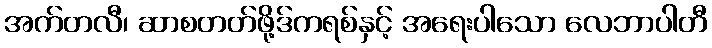
အက်တလီ၊ ဆာစတတ်ဖို့ဒ်ကရစ်နှင့် အရေးပါသော လေဘာပါတီ